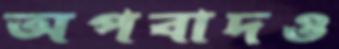
অপবাদও